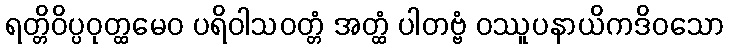
ရတ္တိဝိပ္ပဝုတ္ထမေဝ ပရိဝါသဝတ္တံ အတ္ထံ ပါတဗ္ဗံ ဝဿူပနာယိကဒိဝသော